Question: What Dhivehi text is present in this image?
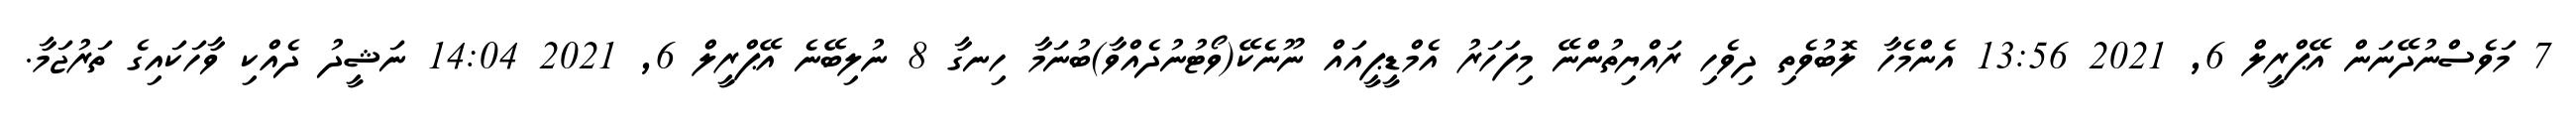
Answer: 7 މަވެސްނުދޭނަން އޭޕްރީލް 6, 2021 13:56 އެންމެހާ ލޮބުވެތި ދިވެހި ރައްޔިތުންނޭ މިފަހަރު އެމްޑީޕީއައް ނޫނެކޭ(ވޯޓުނުދެއްވާ)ބުނަމާ ހިނގާ 8 ނުލިބޭނެ އޭޕްރީލް 6, 2021 14:04 ނަޝީދު ދެއްކި ވާހަކައިގެ ތަރުޖަމާ.